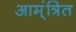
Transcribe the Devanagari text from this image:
आम्ंत्रित